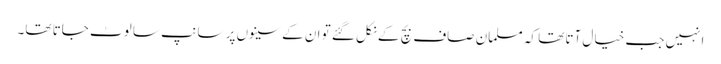
انہیں جب خیال آتا تھا کہ مسلمان صاف بچ کے نکل گئے تو ان کے سینوں پر سانپ سا لوٹ جاتا تھا۔